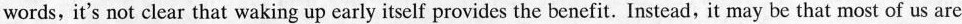
Dwords, it's not clear that waking up early itself provides the benefit. Instead, it may be that most of us are